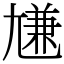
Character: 尲